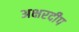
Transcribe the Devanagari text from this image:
अक्षरदीप